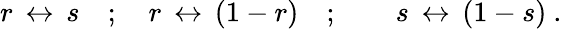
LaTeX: r\, \leftrightarrow\, s\quad;\quad r\, \leftrightarrow\, (1-r)\quad;\quad\quad s\, \leftrightarrow\, (1-s)\ .